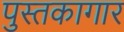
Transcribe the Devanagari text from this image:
पुस्तकागार